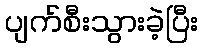
ပျက်စီးသွားခဲ့ပြီး